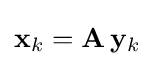
\mathbf {x} _{k}=\mathbf {A} \,\mathbf {y} _{k}